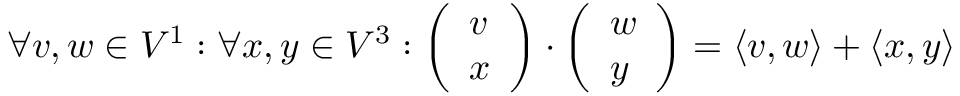
\forall v , w \in V ^ { 1 } : \forall x , y \in V ^ { 3 } : \left( \begin{array} { l } { v } \\ { x } \end{array} \right) \boldsymbol { \cdot } \left( \begin{array} { l } { w } \\ { y } \end{array} \right) = \langle v , w \rangle + \langle x , y \rangle